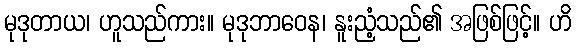
မုဒုတာယ၊ ဟူသည်ကား။ မုဒုဘာဝေန၊ နူးညံ့သည်၏ အဖြစ်ဖြင့်။ ဟိ